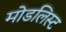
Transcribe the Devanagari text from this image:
मोडलिस्ट